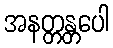
အနတ္တန္တပေါ